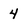
Character: 4